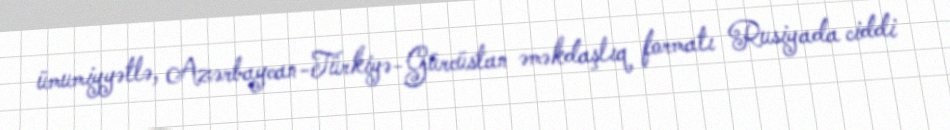
ümumiyyətlə, Azərbaycan-Türkiyə-Gürcüstan əməkdaşlıq formatı Rusiyada ciddi